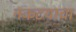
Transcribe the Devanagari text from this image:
नकटयाचा